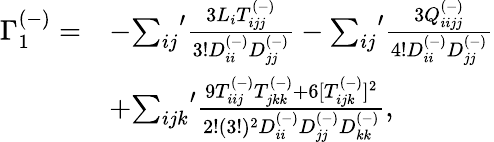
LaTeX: \begin{array}{rl}{\Gamma_{1}^{(-)}=}&{-{\sum_{ij}}^{\prime}\frac{3L_{i}T_{ijj}^{(-)}}{3!D_{ii}^{(-)}D_{jj}^{(-)}}-{\sum_{ij}}^{\prime}\frac{3Q_{iijj}^{(-)}}{4!D_{ii}^{(-)}D_{jj}^{(-)}}}\\ &{+{\sum_{ijk}}^{\prime}\frac{9T_{iij}^{(-)}T_{jkk}^{(-)}+6[T_{ijk}^{(-)}]^{2}}{2!(3!)^{2}D_{ii}^{(-)}D_{jj}^{(-)}D_{kk}^{(-)}},}\end{array}